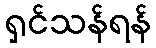
ရှင်သန်ရန်